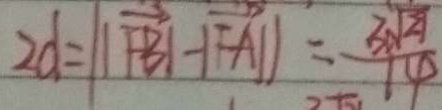
2 d = \vert \vert \overrightarrow { F B } \vert - \vert \overrightarrow { F A \vert } \vert = \frac { 3 \sqrt { 2 1 } } { 1 4 }